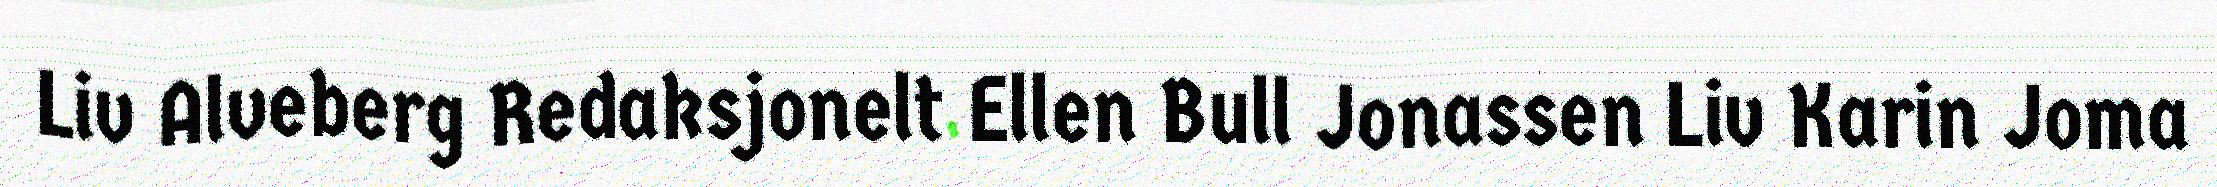
Liv Alveberg Redaksjonelt Ellen Bull Jonassen Liv Karin Joma